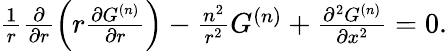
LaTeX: \begin{array}{r}{\frac{1}{r}\frac{\partial}{\partial r}\left(r\frac{\partial G^{(n)}}{\partial r}\right)-\frac{n^{2}}{r^{2}}G^{(n)}+\frac{\partial^{2}G^{(n)}}{\partial x^{2}}=0.}\end{array}